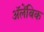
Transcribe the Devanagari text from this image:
अॅलेंबिक